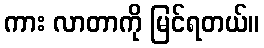
ကား လာတာကို မြင်ရတယ်။